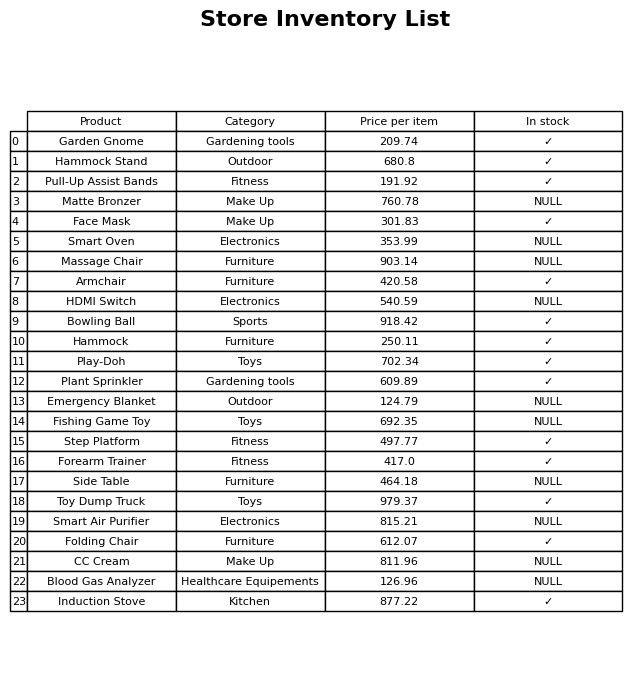
question: What is the price of the Garden Gnome?
answer: The price of Garden Gnome is 209.74.